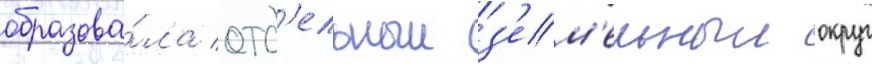
образова́ла отд'ельныи з'ем'ельныи округ